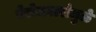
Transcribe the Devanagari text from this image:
बेरोजगारोमुळे